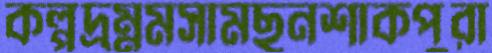
কল্পদ্রম্নমসামছুনশাকপুরা